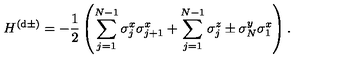
H ^ { ( \mathrm { d } \pm ) } = - \frac { 1 } { 2 } \left( \sum _ { j = 1 } ^ { N - 1 } \sigma _ { j } ^ { x } \sigma _ { j + 1 } ^ { x } + \sum _ { j = 1 } ^ { N - 1 } \sigma _ { j } ^ { z } \pm \sigma _ { N } ^ { y } \sigma _ { 1 } ^ { x } \right) .